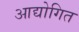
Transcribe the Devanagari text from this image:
आद्योगित